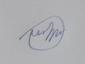
Signature authenticity: forged